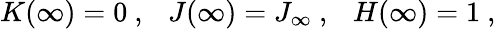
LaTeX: K(\infty)=0\ ,\ \ \ J(\infty)=J_{\infty}\ ,\ \ \ H(\infty)=1\ ,